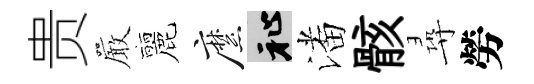
贵巖麗縻祉潘骸尋勞